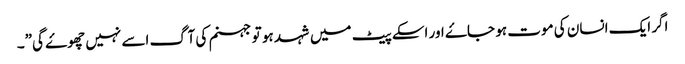
اگر ایک انسان کی موت ہو جاۓ اور اسکے پیٹ میں شہد ہو تو جہنم کی آگ اسے نہیں چھوۓ گی”۔